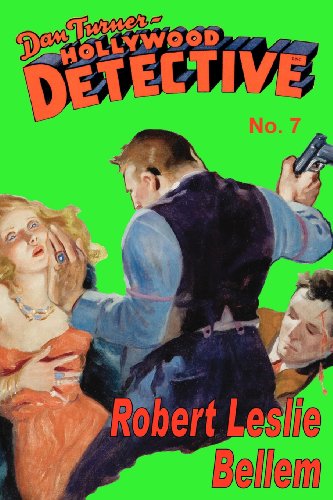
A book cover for Dan Turner Hollywood Detective No.7; Robert Leslie Bellem; Mystery, Thriller & Suspense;